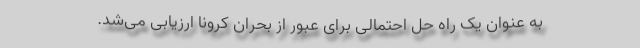
به عنوان یک راه حل احتمالی برای عبور از بحران کرونا ارزیابی می‌شد.